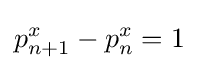
p_{n+1}^{x}-p_{n}^{x}=1